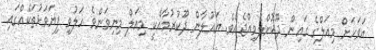
އަވަހަށް މިއަލްގެ ގައިން ދޫކޮށްލެވިއްޖެއެވެ. ޔައުލާން ދޫކުރުމާއެކީ މިއަލް މިނިވަންވެ ހަލުވި ފިޔަވަޅުތަކެއްގައި